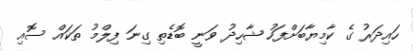
ހައިދަރު ގެ ކާމިޔާބަށްފަހު ޝާހިދު ވަނީ ބޮޑެތި ގިނަ ފިލްމު ތަކައް ސޮއި